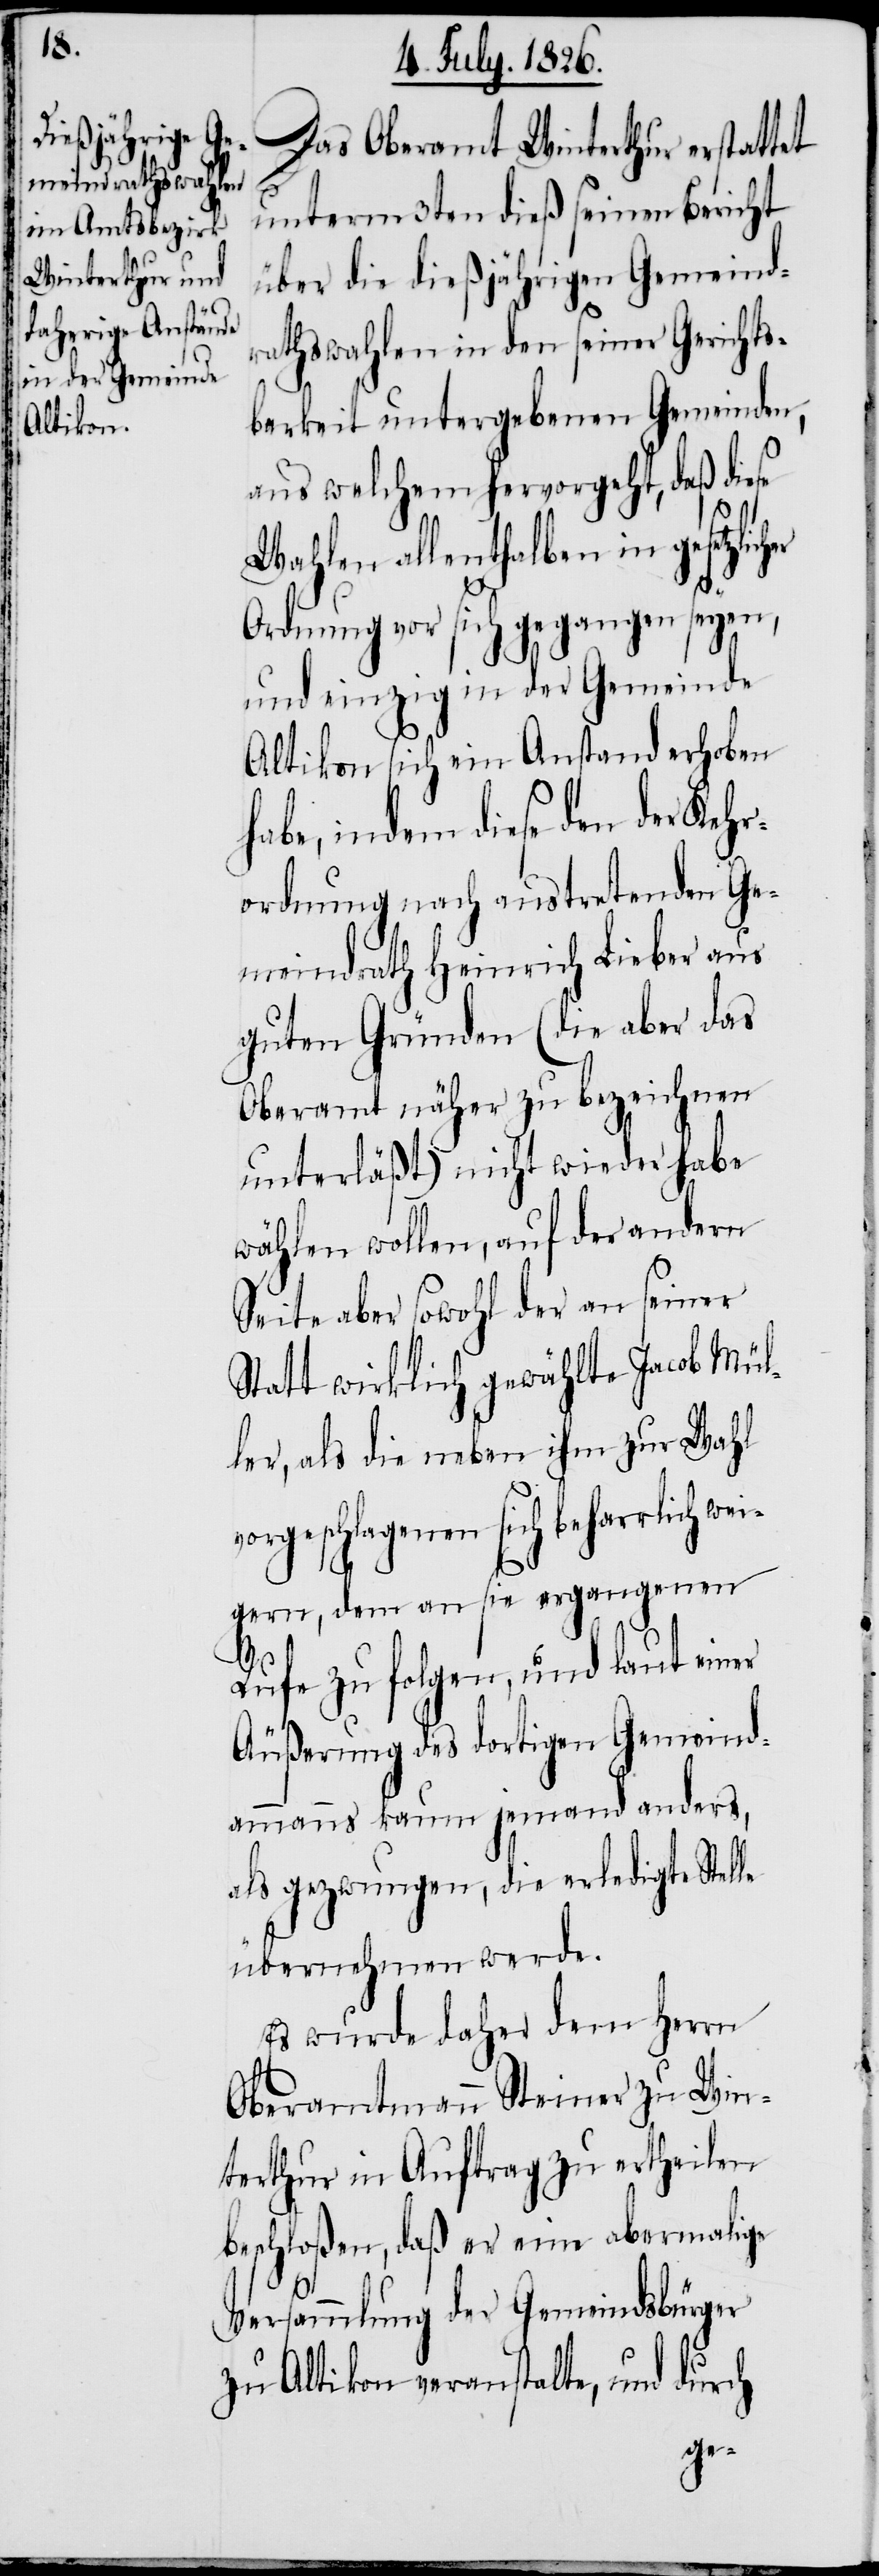
Das Oberamt Winterthur erstattet
unterm 3ten dieß seinen Bericht
über die dießjährigen Gemeind¬
rathswahlen in den seiner Gerichts¬
barkeit untergebenen Gemeinden,
aus welchem hervorgeht, daß diese
Wahlen allenthalben in gesetzli¬
Ordnung vor sich gegangen seyen,
und einzig in der Gemeinde
Altikon sich ein Anstand erhoben
habe, indem diese den der Kehr¬
ordnung nach austretenden Ge¬
meindrath Heinrich Lieber aus
guten Gründen (die aber das
Oberamt näher zu bezeichnen
unterläßt) nicht wieder habe
wählen wollen, auf der andern
Seite aber sowohl der an seiner
Statt wirklich gewählte Jacob Mül¬
ler, als die neben ihm zur Wahl
vorgeschlagenen sich beharrlich we¬
igern, dem an sie ergangenen
Rufe zu folgen, und laut einer
Äußerung des dortigen Gemeind¬
ammanns kaum jemand anders,
als gezwungen, die erledigte Stelle
übernehmen werde.
Es wurde daher dem Herrn
Oberamtmann Steiner zu Win¬
terthur in Auftrag zu ertheilen
beschloßen, daß er eine abermalige
Versammlung der Gemeindsbürger
zu Altikon veranstalte, und durch
cher